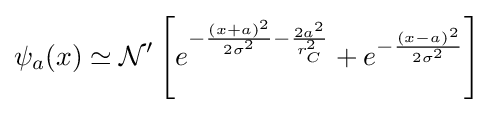
\psi _{a}(x)\simeq {\cal {N}}'\left[e^{-{\frac {\left(x+a\right)^{2}}{2\sigma ^{2}}}-{\frac {2a^{2}}{r_{C}^{2}}}}+e^{-{\frac {(x-a)^{2}}{2\sigma ^{2}}}}\right]